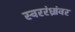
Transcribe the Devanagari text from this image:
स्वररंध्रांवर